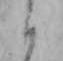
か